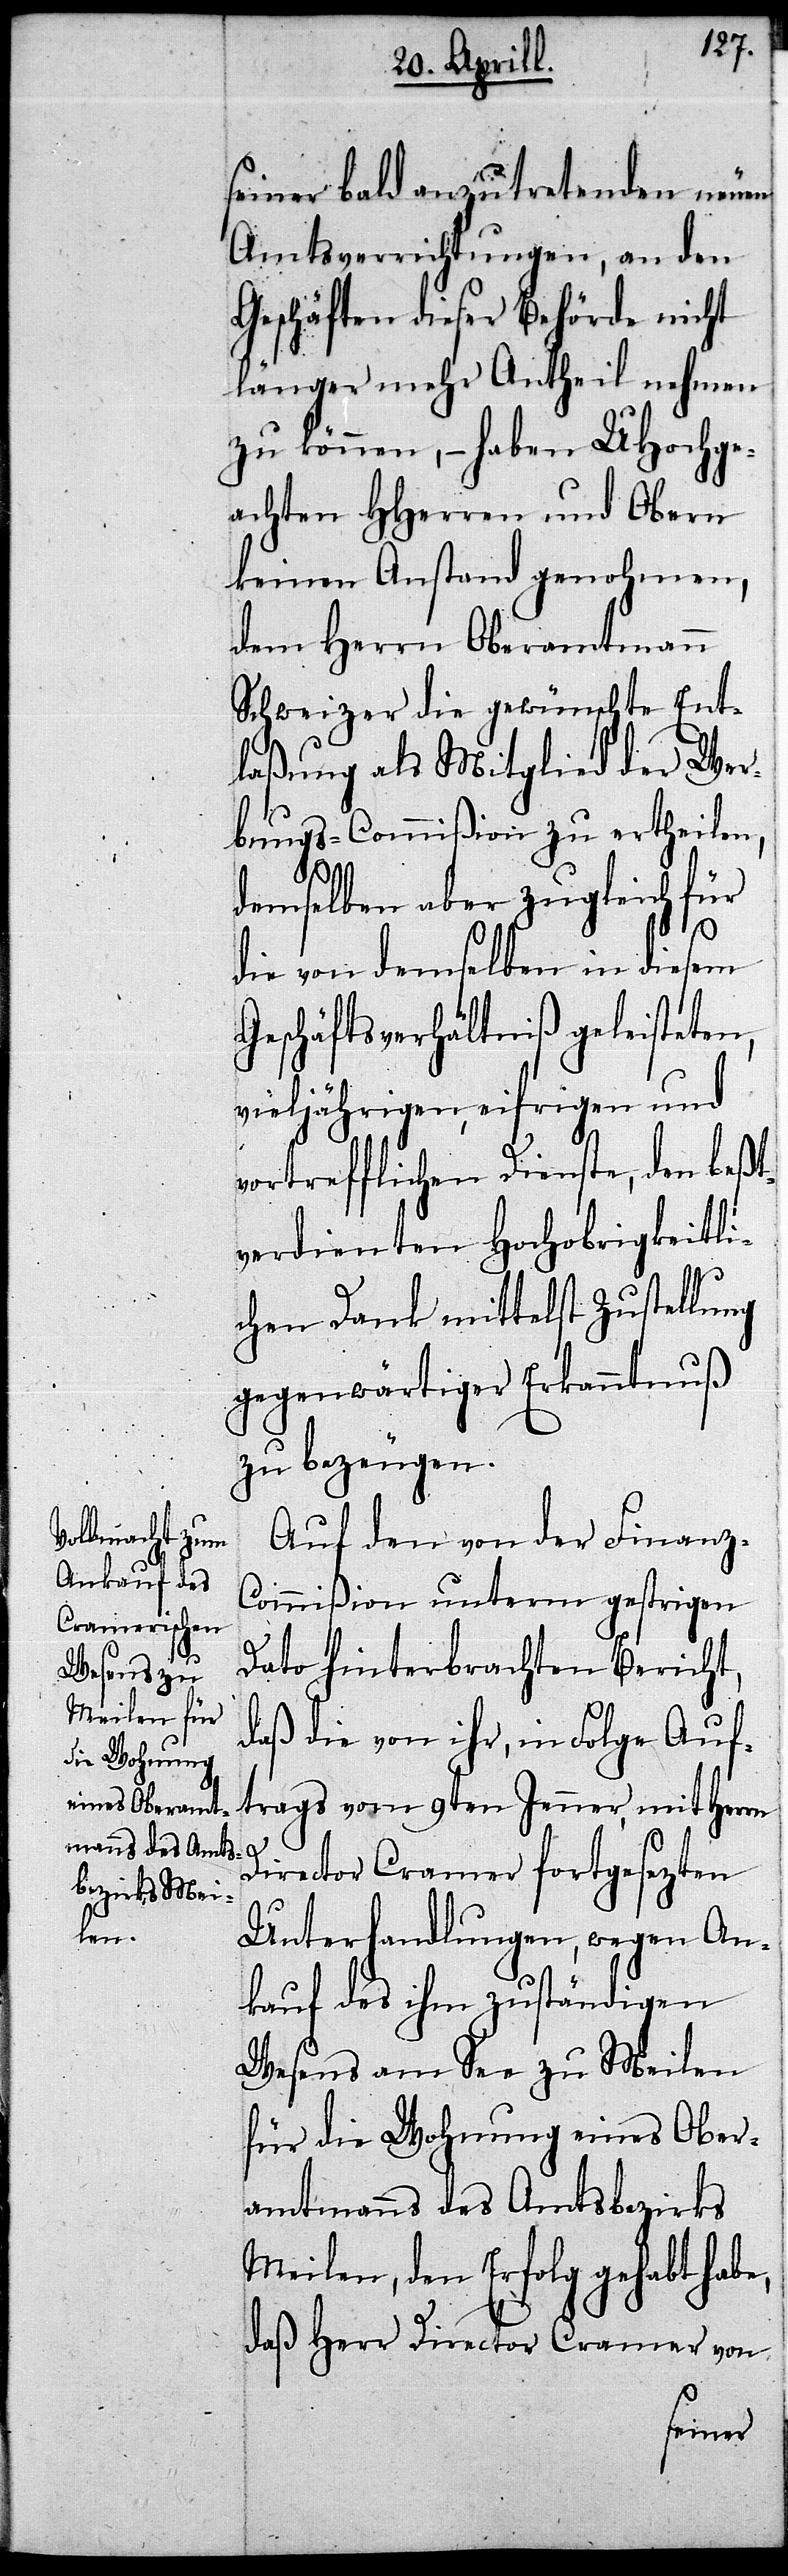
seiner bald anzutretenden neuen
Amtsverrichtungen, an den
Geschäften dieser Behörde nicht
länger mehr Antheil nehmen
zu können,– haben UHochge¬
achten HHerren und Ober
keinen Anstand genohmen,
dem Herrn Oberamtmann
Schweizer die gewünschte Ent¬
laßung als Mitglied der Wer¬
bungs-Commißion zu ertheilen,
e,
demselben aber zugleich für
die von demselben in diesem
Geschäftsverhältniß geleisteten,
vieljährigen, eifrigen und
vortrefflichen Dienste, den beßt¬
verdienten Hochobrigkeitli¬
chen Dank mittelst Zustellung
gegenwärtiger Erkanntnuß
zu bezeugen.
Auf den von der Finanz-C¬
ommißion unterm gestrigen
Dato hinterbrachten Bericht,
daß die von ihr, in Folge Auf¬
trags vom 9ten Jenner, mit Herrn
Director Cramer fortgesezten
Unterhandlungen, wegen An¬
kauf des ihm zuständigen
Wesens am See zu Meilen
für die Wohnung eines Ober¬
amtmanns des Amtsbezirks
Meilen, den Erfolg gehabt hab¬
daß Herr Director Cramer von